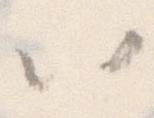
以